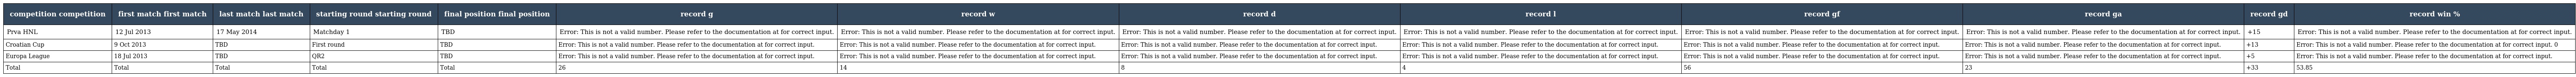
| competition competition | first match first match | last match last match | starting round starting round | final position final position | record g | record w | record d | record l | record gf | record ga | record gd | record win % |
 | --- | --- | --- | --- | --- | --- | --- | --- | --- | --- | --- | --- | --- |
 | Prva HNL | 12 Jul 2013 | 17 May 2014 | Matchday 1 | TBD | Error: This is not a valid number. Please refer to the documentation at for correct input. | Error: This is not a valid number. Please refer to the documentation at for correct input. | Error: This is not a valid number. Please refer to the documentation at for correct input. | Error: This is not a valid number. Please refer to the documentation at for correct input. | Error: This is not a valid number. Please refer to the documentation at for correct input. | Error: This is not a valid number. Please refer to the documentation at for correct input. | +15 | Error: This is not a valid number. Please refer to the documentation at for correct input. |
 | Croatian Cup | 9 Oct 2013 | TBD | First round | TBD | Error: This is not a valid number. Please refer to the documentation at for correct input. | Error: This is not a valid number. Please refer to the documentation at for correct input. | Error: This is not a valid number. Please refer to the documentation at for correct input. | Error: This is not a valid number. Please refer to the documentation at for correct input. | Error: This is not a valid number. Please refer to the documentation at for correct input. | Error: This is not a valid number. Please refer to the documentation at for correct input. | +13 | Error: This is not a valid number. Please refer to the documentation at for correct input. 0 |
 | Europa League | 18 Jul 2013 | TBD | QR2 | TBD | Error: This is not a valid number. Please refer to the documentation at for correct input. | Error: This is not a valid number. Please refer to the documentation at for correct input. | Error: This is not a valid number. Please refer to the documentation at for correct input. | Error: This is not a valid number. Please refer to the documentation at for correct input. | Error: This is not a valid number. Please refer to the documentation at for correct input. | Error: This is not a valid number. Please refer to the documentation at for correct input. | +5 | Error: This is not a valid number. Please refer to the documentation at for correct input. |
 | Total | Total | Total | Total | Total | 26 | 14 | 8 | 4 | 56 | 23 | +33 | 53.85 |